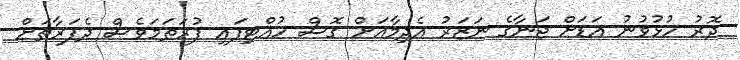
ދޮރު ހުޅުވުނު އަޑަށް ޖަނާގެ ނަޒަރު އެދިމާއަށް ގޮސް ހުއްޓިފައި ފުރަަތަމަވެސް ދެފަރާތަށް